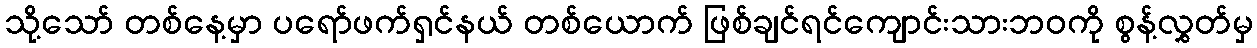
သို့သော် တစ်နေ့မှာ ပရော်ဖက်ရှင်နယ် တစ်ယောက် ဖြစ်ချင်ရင်ကျောင်းသားဘဝကို စွန့်လွှတ်မှ